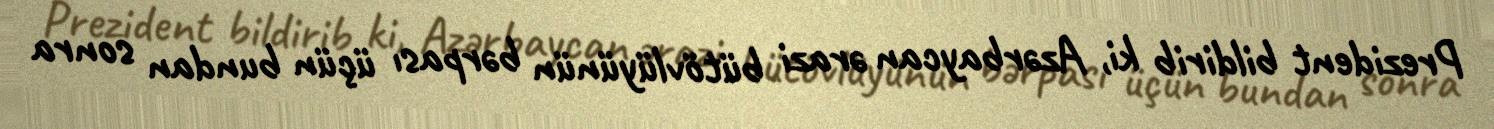
Prezident bildirib ki, Azərbaycan ərazi bütövlüyünün bərpası üçün bundan sonra